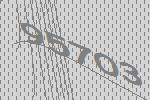
95703